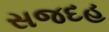
સજદહ